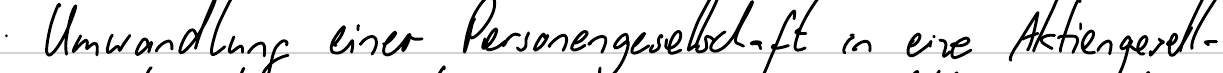
Umwandlung einer Personengesellschaft in eine Aktiengesell -